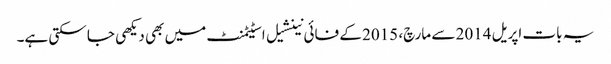
یہ بات اپریل 2014 سے مارچ، 2015 کے فائی نینشیل اسٹیٹمنٹ میں بھی دیکھی جا سکتی ہے۔